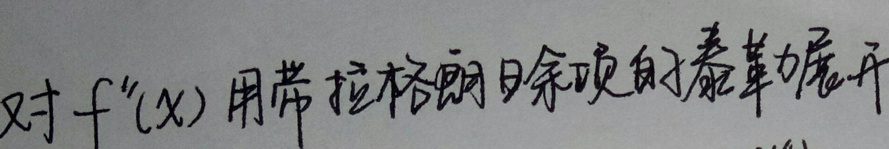
对 \(f''(x)\) 用带拉格朗日余项的泰勒展开